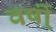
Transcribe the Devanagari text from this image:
वर्षो्ं